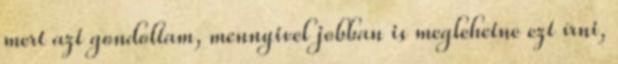
mert azt gondoltam, mennyivel jobban is meglehetne ezt írni,